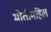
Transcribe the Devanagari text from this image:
मोतीमहिल